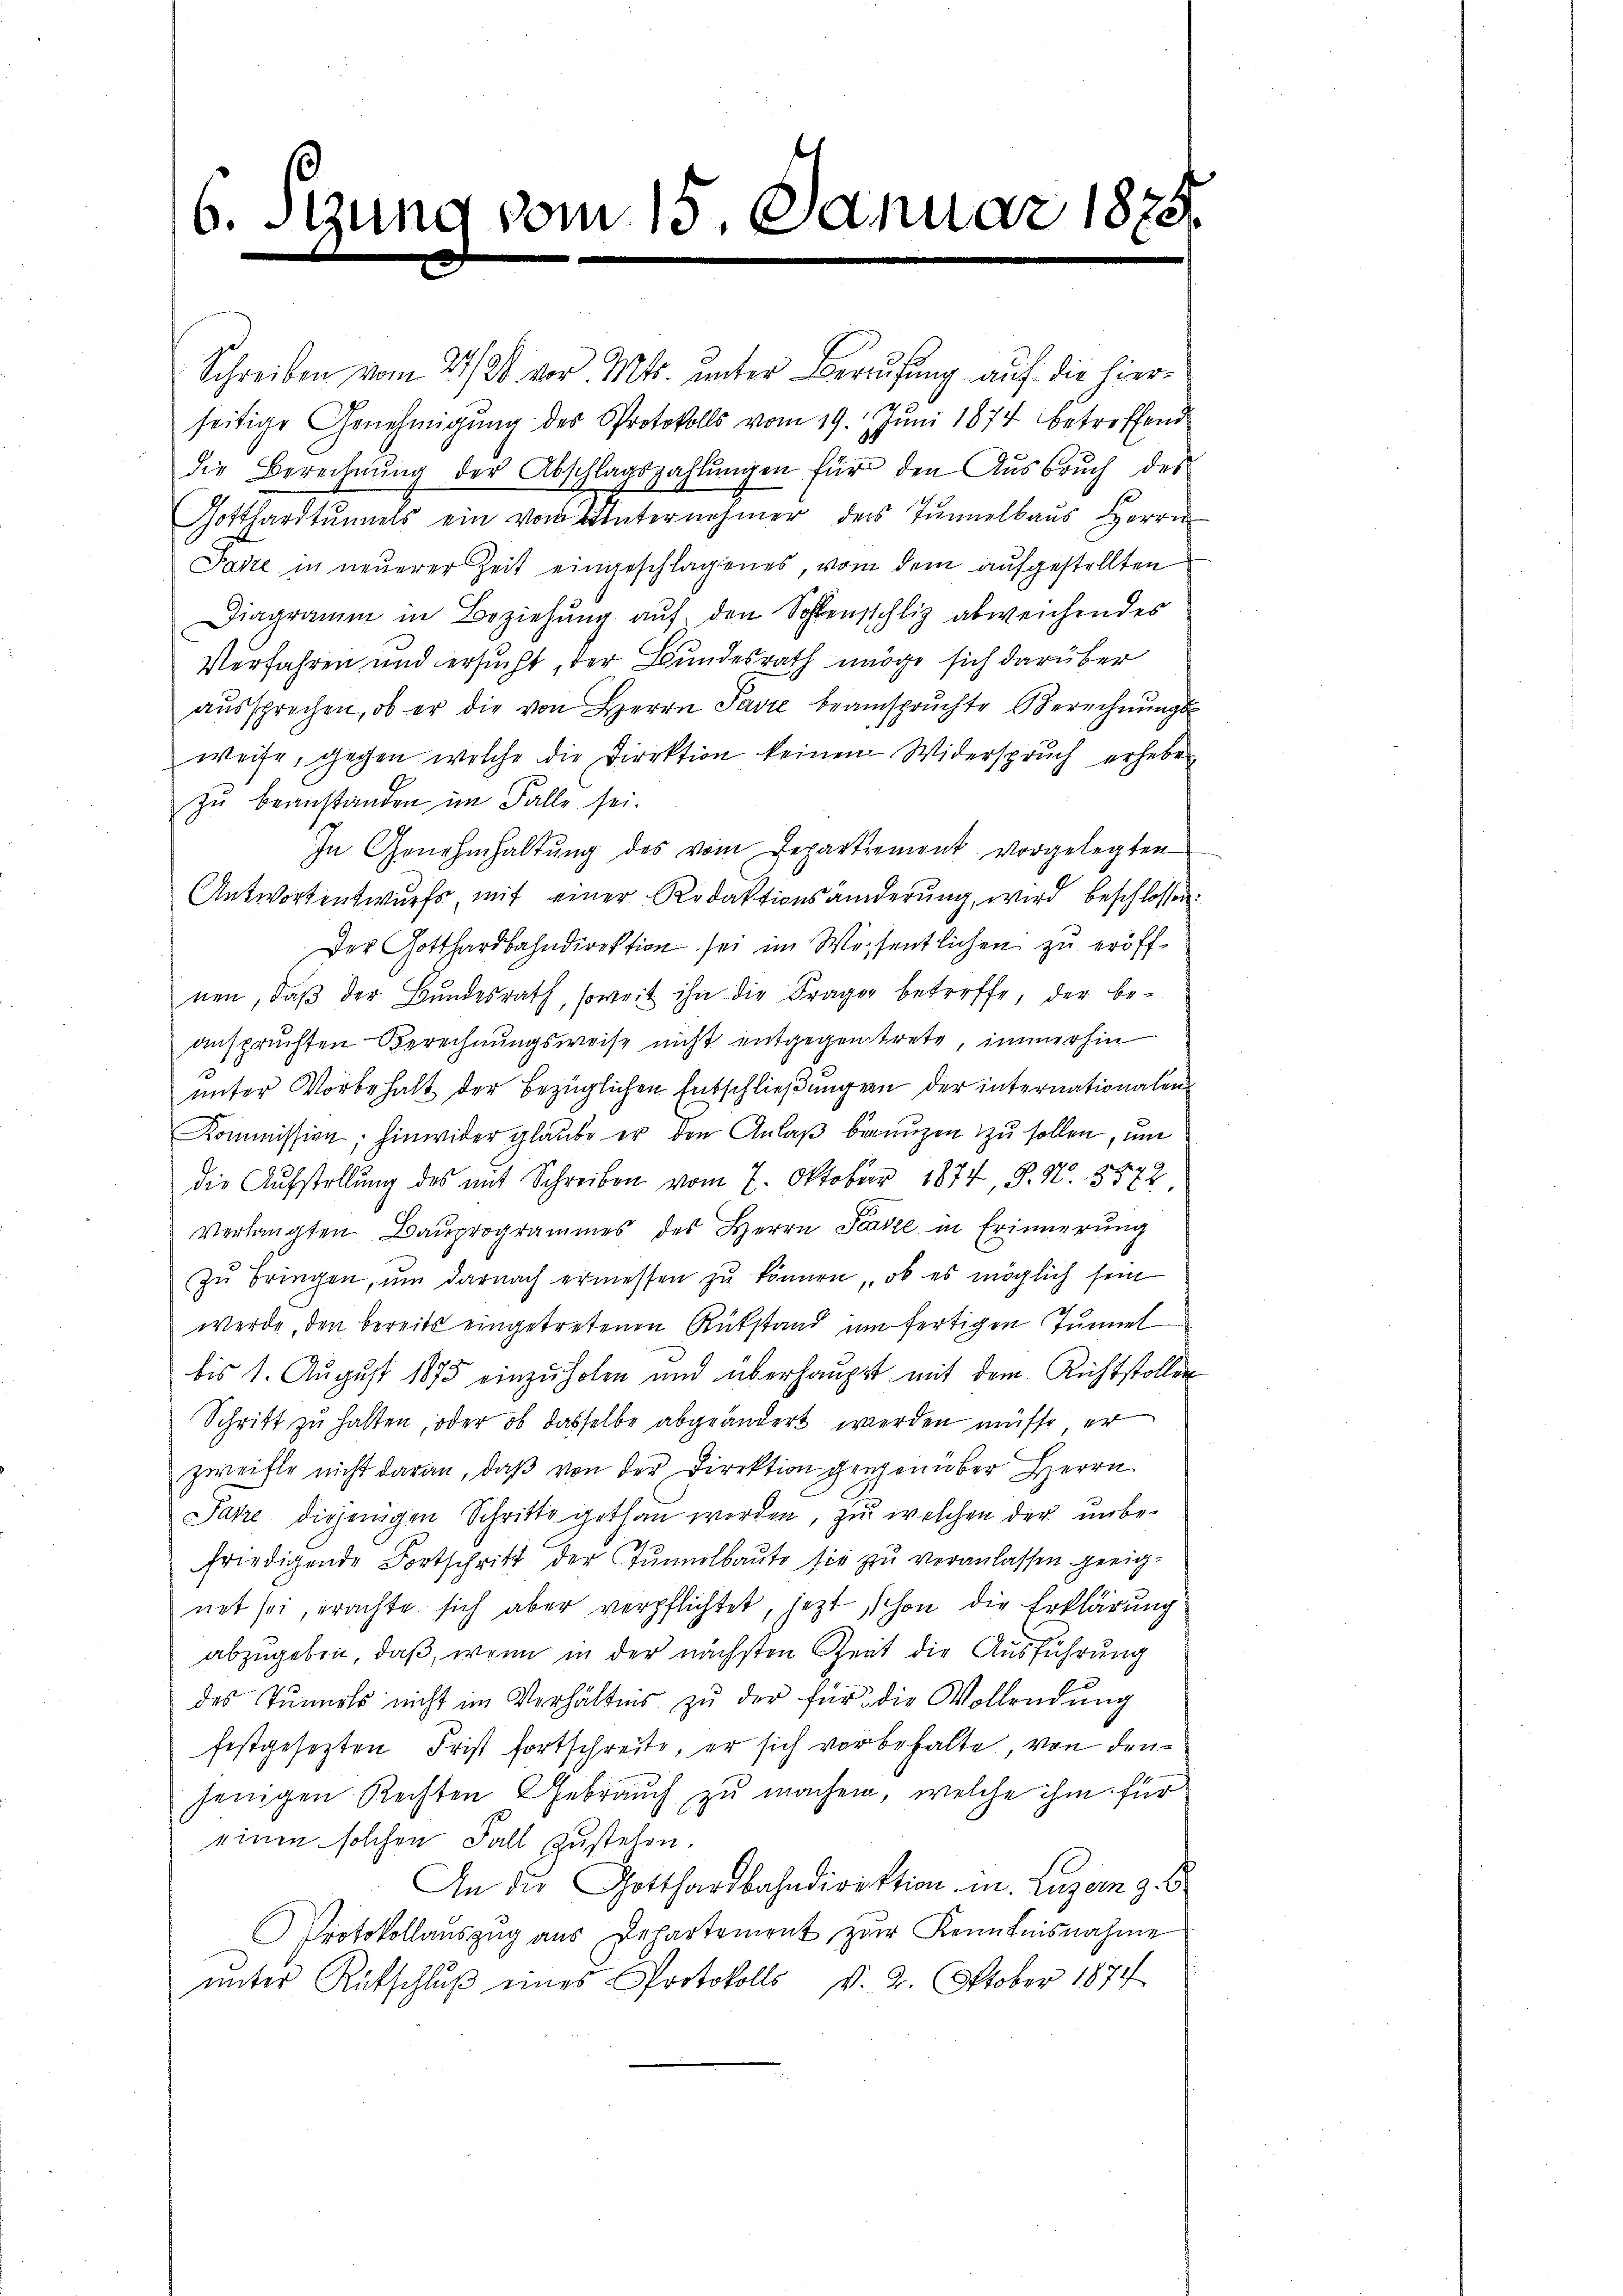
6. Szune

vom 15. Januar 1878

Schreiben vom 27. B. vor. Mts. unter Berufung auf die hierseitige Genehmigung des Protokolls vom 19. Juni 1874 betreffend
die Berechnŭng der Abschlagszahlŭngen für den Aŭsbrŭch des
Gotthardtŭmels ein von Unternehmer ders Tŭnnelbaŭs Herrn
Patze in neuerer Zeit eingeschlagenes, von dem aufgestellten
Diagramm in Beziehung auf den Sohlensschlig abweichendes
Verfahren und ersucht, der Bundesrath möge sich darüber
aussprechen, ob er die von Herrn Pasie beanspruchte Berechnungs-
weise, gegen welche die Direktion keinen Widerspruch erheben
zu beanstanden im Falle sei.
In Genehmhaltŭng des vom Departement vorgelegten
Antwortentwurfs, mit einer Redaktionsänderŭng, wird beschlossen:
Der Gotthardbahndirektion sei im Wesentlichen zu eröffnen, daβ der Bundesrath, soweit ihn die Frager betreffe, der be-
anspruchten Berechnungsweise nicht entgegen trete, immerhin
unter Vorbehalt der bezüglichen Entschließungen der internationalen
Kommission; hinwider glaube er den Anlaß berenzen zu sollen, um
8
die Aufstellung des mit Schreiben vom 7. Oktober 1874, S. Nr. 3872
verlangten Bauprogrammes des Herrn Parze in Erinnerung
zŭ bringen, ŭm darnach ermessen zu können, ob es möglich sein
werde, den bereits eingetretenen Rükstand um fertigen Tunnel
bis 1. August 1875 einzuholen und überhaupt mit dem Richtstollen
Schrift zu halten, oder ob dasselbe abgeändert werden müsse, er
zweifle nicht daran, daß von der Direktion gegenüber Herrn
Parre diejenigen Schritte gethan werden, zu welchen der unbefriedigende Fortschritt der Tunnelbaute sie zu veranlassen geeignet sei, erachte sich aber verpflichtet, jezt schon die Erklärung
abzugeben, daß, wenn in der nächsten Zeit die Ausführung
des Tŭnnels nicht im Verhältnis zŭ der für die Wollendung
festgesetzten Frist fortschreite, er sich vorbehalte, von den
jenigen Rechten Gebrauch zu machen, welche ihm für
einen solchen Fall zustehen.
An die Gotthardbahndirektion mn. Luzern z. B
Protokollauszug aus Departement, zur Kenntnisnahme
ŭnter Rutschlŭβ eines Protokolls v. 2. Oktober 1874